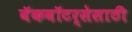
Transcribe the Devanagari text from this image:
बॅकवॉटर्सेसाठी